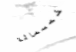
خمسمائة